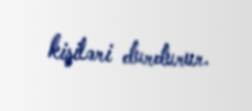
kişiləri durdurur.